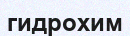
гидрохим